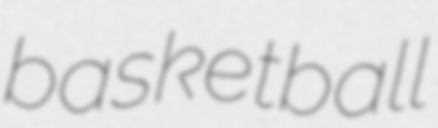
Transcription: basketball